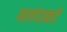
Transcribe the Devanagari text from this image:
फलंदाकडे